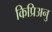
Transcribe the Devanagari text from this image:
किप्रिअनु